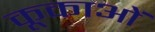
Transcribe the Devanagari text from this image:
कूकाओं